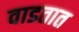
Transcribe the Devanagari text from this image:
वाडतात